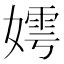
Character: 嫮